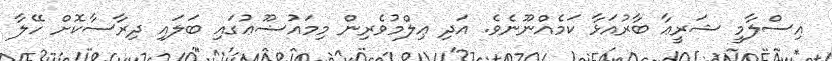
އިސްލާމީ ޝަރީޢާ ބާރުއަޅާ ކަމެއްނޫނެވެ. އަދި ޢިލްމުވެރިން މިމައުޟޫޢުގައި ބަލައި ދިރާސާކޮށް ހޭލާ